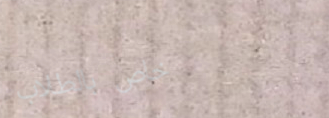
خاص بالطلاب